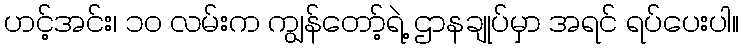
ဟင့်အင်း၊ ၁၀ လမ်းက ကျွန်တော့်ရဲ့ ဌာနချုပ်မှာ အရင် ရပ်ပေးပါ။